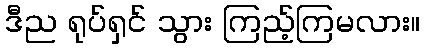
ဒီည ရုပ်ရှင် သွား ကြည့်ကြမလား။